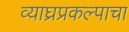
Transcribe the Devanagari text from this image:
व्याघ्रप्रकल्पाचा